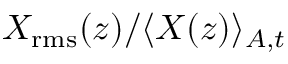
X _ { \mathrm { r m s } } ( z ) / \langle X ( z ) \rangle _ { A , t }